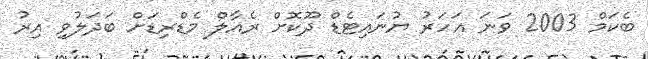
ބެކަމް 2003 ވަނަ އަހަރު ޔުނައިޓެޑް ދޫކޮށް ރެއާލް މެޑްރިޑަށް ބަދަލުވި އިރު